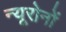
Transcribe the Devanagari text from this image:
न्यूरोनों